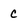
Character: c